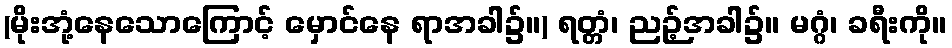
(မိုးအုံ့နေသောကြောင့် မှောင်နေ ရာအခါ၌။) ရတ္တံ၊ ညဉ့်အခါ၌။ မဂ္ဂံ၊ ခရီးကို။